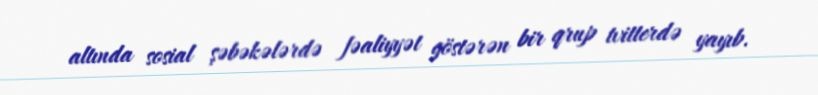
altında sosial şəbəkələrdə fəaliyyət göstərən bir qrup tvitterdə yayıb.